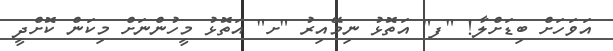
އަވަހަށް ބިޑަށްލާ! "ފ" އަތޮޅު ނިމޭއިރު "ށ" އަތޮޅު މީހުންނަށް މިކަން ކޮށްދީ